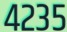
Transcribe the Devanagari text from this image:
४२३५